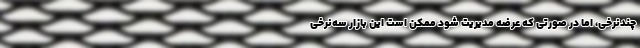
چندنرخی، اما در صورتی که عرضه مدیریت شود ممکن است این بازار سه‌نرخی